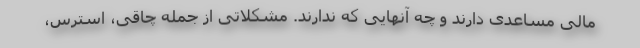
مالی مساعدی دارند و چه آنهایی که ندارند. مشکلاتی از جمله چاقی، استرس،